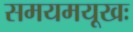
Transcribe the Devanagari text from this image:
समयमयूखः